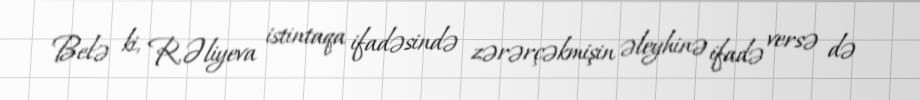
Belə ki, R.Əliyeva istintaqa ifadəsində zərərçəkmişin əleyhinə ifadə versə də